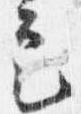
定